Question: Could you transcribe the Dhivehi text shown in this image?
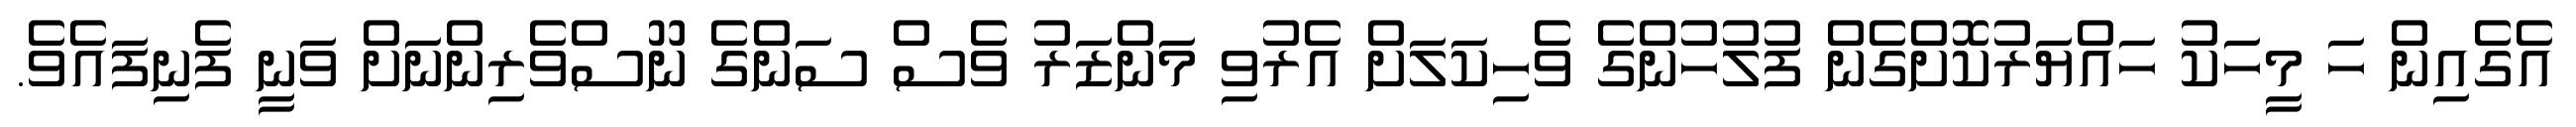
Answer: އެގެއިން ހަ މީހަކު ހައްޔަރުކޮށްގެން ފުލުހުންގެ ވެހިކަލަށް އެރުވި މަންޒަރު ވެސް ސަންގެ ނޫސްވެރިންނަށް ވަނީ ފެނިފައެވެ.